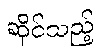
ဆိုင်သည့်